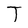
Character: T